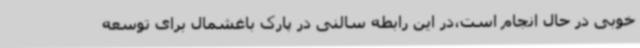
خوبی در حال انجام است،در این رابطه سالنی در پارک باغشمال برای توسعه